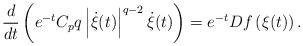
LaTeX: \begin{align*} \frac{d}{dt}\left(e^{-t}C_p q \left| \dot{\xi}(t)\right|^{q-2} \dot{\xi}(t) \right)= e^{-t} Df\left(\xi(t)\right).\end{align*}